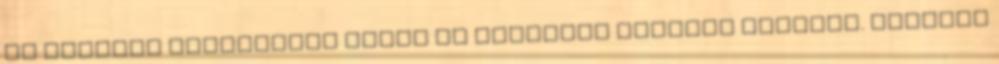
az osztrák Habsburgok által is követelt spanyol trónról. Egyéves